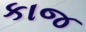
કાજ